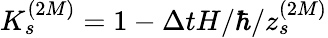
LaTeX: \displaystyle K_{s}^{(2M)}=1-\Delta tH/\hbar/z_{s}^{(2M)}